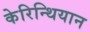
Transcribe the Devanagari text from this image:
केरिन्थियान